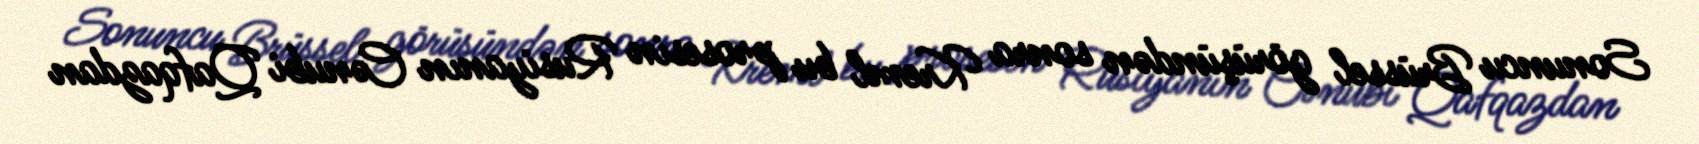
Sonuncu Brüssel görüşündən sonra Kreml bu prosesin Rusiyanın Cənubi Qafqazdan